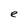
Character: e